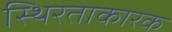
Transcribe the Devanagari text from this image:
स्थिरताकारक